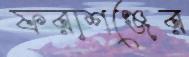
ফরাশঞ্জের